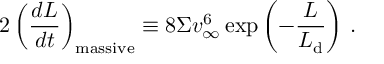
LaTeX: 2 \left( \frac { d L } { d t } \right) _ { \mathrm { m a s s i v e } } \equiv 8 \Sigma v _ { \infty } ^ { 6 } \exp \left( - \frac { L } { L _ { \mathrm { d } } } \right) \, .